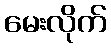
မေးလိုက်